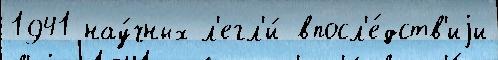
1941 нау́чных л'егл'и́ впосл'е́дств'иjи